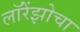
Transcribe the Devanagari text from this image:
लॉरेंझोचा